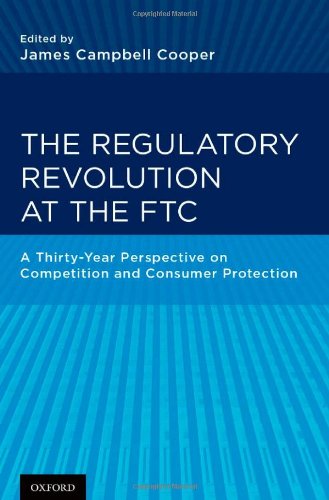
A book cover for The Regulatory Revolution at the FTC: A Thirty-Year Perspective on Competition and Consumer Protection; Law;